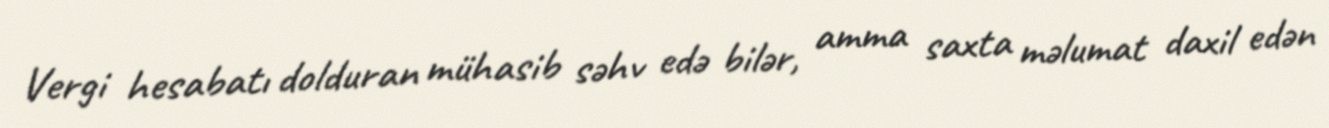
Vergi hesabatı dolduran mühasib səhv edə bilər, amma saxta məlumat daxil edən